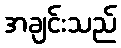
အချင်းသည်